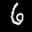
Label: 6